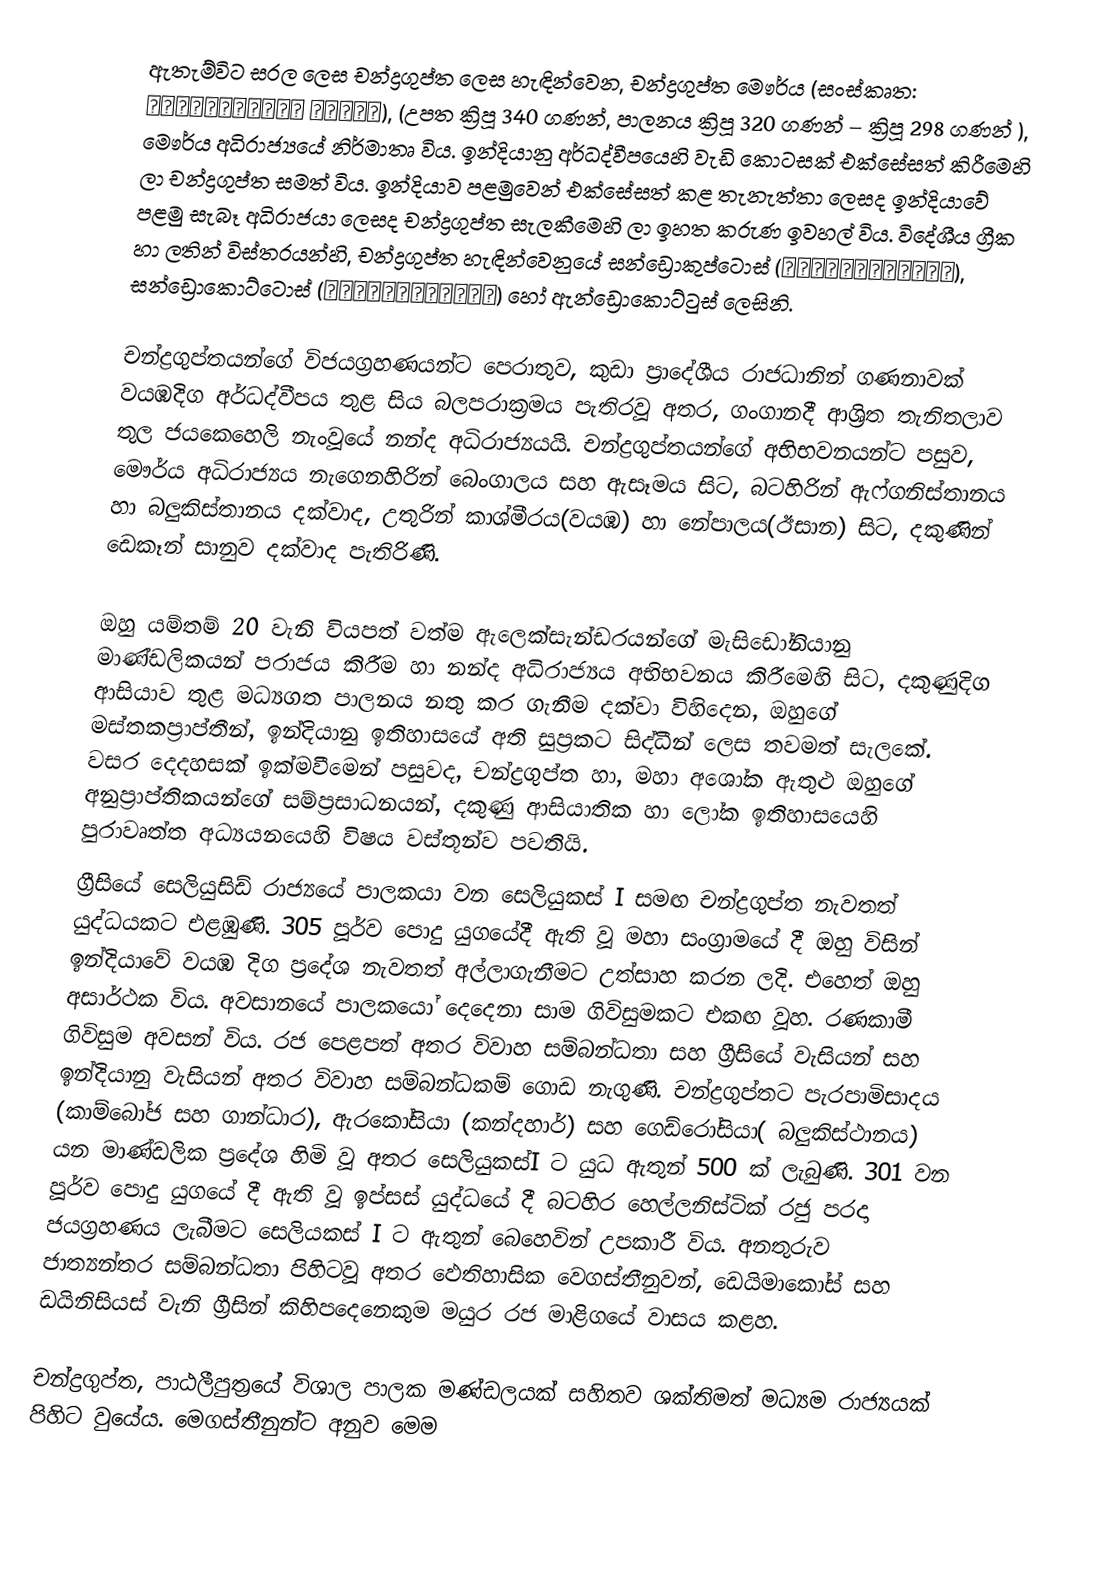
ඇතැම්විට සරල ලෙස චන්ද්‍රගුප්ත  ලෙස හැඳින්වෙන, චන්ද්‍රගුප්ත මෞර්ය (සංස්කෘත: चन्द्रगुप्त मौर्य), (උපත ක්‍රිපූ 340 ගණන්, පාලනය ක්‍රිපූ 320 ගණන්  – ක්‍රිපූ 298 ගණන් ), මෞර්ය අධිරාජ්‍යයේ නිර්මාතෘ විය. ඉන්දියානු අර්ධද්වීපයෙහි වැඩි කොටසක් එක්සේසත් කිරීමෙහි ලා චන්ද්‍රගුප්ත සමත් විය. ඉන්දියාව පළමුවෙන් එක්සේසත් කළ තැනැත්තා ලෙසද ඉන්දියාවේ පළමු සැබෑ අධිරාජයා ලෙසද චන්ද්‍රගුප්ත සැලකීමෙහි ලා ඉහත කරුණ ඉවහල් විය. විදේශීය  ග්‍රීක හා ලතින් විස්තරයන්හි, චන්ද්‍රගුප්ත හැඳින්වෙනුයේ සන්ඩ්‍රොකුප්ටොස් (Σανδρόκυπτος), සන්ඩ්‍රොකොට්ටොස් (Σανδρόκοττος) හෝ ඇන්ඩ්‍රොකොට්ටුස් ලෙසිනි.

චන්ද්‍රගුප්තයන්ගේ විජයග්‍රහණයන්ට පෙරාතුව, කුඩා ප්‍රාදේශීය රාජධානින් ගණනාවක් වයඹදිග අර්ධද්වීපය තුළ සිය බලපරාක්‍රමය පැතිරවූ අතර,  ගංගානදී ආශ්‍රිත තැනිතලාව තුල ජයකෙහෙලි නැංවූයේ නන්ද අධිරාජ්‍යයයි. චන්ද්‍රගුප්තයන්ගේ අභිභවනයන්ට පසුව, මෞර්ය  අධිරාජ්‍යය නැගෙනහිරින් බෙංගාලය සහ ඇසෑමය සිට, බටහිරින් ඇෆ්ගනිස්තානය හා බලුකිස්තානය දක්වාද, උතුරින් කාශ්මීරය(වයඹ) හා නේපාලය(ඊසාන)  සිට, දකුණින් ඩෙකෑන් සානුව දක්වාද පැතිරිණි.

ඔහු යම්තම් 20 වැනි වියපත් වත්ම ඇලෙක්සැන්ඩරයන්ගේ මැසිඩෝනියානු මාණ්ඩලිකයන් පරාජය කිරීම හා නන්ද අධිරාජ්‍යය අභිභවනය කිරීමෙහි සිට, දකුණුදිග ආසියාව තුළ මධ්‍යගත පාලනය නතු කර ගැනීම දක්වා විහිදෙන, ඔහුගේ මස්තකප්‍රාප්තීන්, ඉන්දියානු ඉතිහාසයේ අති සුප්‍රකට සිද්ධීන් ලෙස තවමත් සැලකේ. වසර දෙදහසක් ඉක්මවීමෙන් පසුවද, චන්ද්‍රගුප්ත හා, මහා අශෝක ඇතුළු ඔහුගේ අනුප්‍රාප්තිකයන්ගේ සම්ප්‍රසාධනයන්, දකුණු ආසියාතික හා ලෝක ඉතිහාසයෙහි පුරාවෘත්ත අධ්‍යයනයෙහි විෂය වස්තූන්ව පවතියි.
ග්‍රීසියේ සෙලියුසිඩ් රාජ්‍යයේ පාලකයා වන සෙලියුකස් I සමඟ චන්ද්‍රගුප්ත නැවතත් යුද්ධයකට එළඹුණි. 305 පූර්ව ‍පොදු යුගයේදී ඇති වූ මහා සංග්‍රාමයේ දී ඔහු විසින් ඉන්දියාවේ වයඹ දිග ප්‍රදේශ නැවතත් අල්ලාගැනීමට උත්සාහ කරන ලදි. එහෙත් ඔහු අසාර්ථක විය. අවසානයේ පාලකයෝ දෙදෙනා සාම ගිවිසුමකට එකඟ වූහ. ‍රණකාමී ගිවිසුම අවසන් විය. රජ පෙළපත් අතර විවාහ සම්බන්ධතා සහ ග්‍රීසියේ වැසියන් සහ ඉන්දියානු වැසියන් අතර විවාහ සම්බන්ධකම් ගොඩ නැගුණි. චන්ද්‍රගුප්තට පැර‍පාමිසාදය (කාම්බෝජ සහ ගාන්ධාර), ඇරකෝසියා (කන්දහාර්) සහ ගෙඩ්රෝසියා( බලුකිස්ථානය) යන මාණ්ඩලික ප්‍රදේශ හිමි වූ අතර  සෙලියුකස්I ට යුධ ඇතුන් 500 ක් ලැබුණි. 301 වන පූර්ව ‍‍පොදු යුගයේ දී  ඇති වූ ඉප්සස් යුද්ධයේ දී බටහිර හෙල්ලනිස්ටික් රජු පරදා ජයග්‍රහණය ලැබීමට සෙලියකස් I  ට ඇතුන් බෙහෙවින් උපකාරී විය. අනතුරුව ජාත්‍යන්තර සම්බන්ධතා පිහිටවූ අතර ඵෙතිහාසික වෙගස්තීනුවන්, ඩෙයිමාකෝස් සහ ඩයිනිසියස් වැනි ග්‍රීසින් කිහිපදෙනෙකුම මයුර රජ මාළිගයේ වාසය කළහ.

චන්ද්‍රගුප්ත, පාඨලීපුත්‍රයේ විශාල පාලක මණ්ඩලයක් සහිතව ශක්තිමත් මධ්‍යම රාජ්‍යයක් පිහිට වුයේය. මෙගස්තීනුන්ට අනුව මෙම